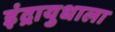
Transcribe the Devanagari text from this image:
इंद्रायुधाला